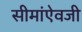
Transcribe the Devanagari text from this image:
सीमांऐवजी